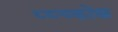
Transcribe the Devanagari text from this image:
प्य्च्कोक्क